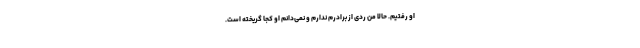
او رفتیم. حالا من ردی از برادرم ندارم و نمی‌دانم او کجا گریخته است.